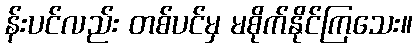
န်းပင်လည်း တစ်ပင်မှ မစိုက်နိုင်ကြသေး။